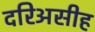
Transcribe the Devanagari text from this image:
दरिअसीह